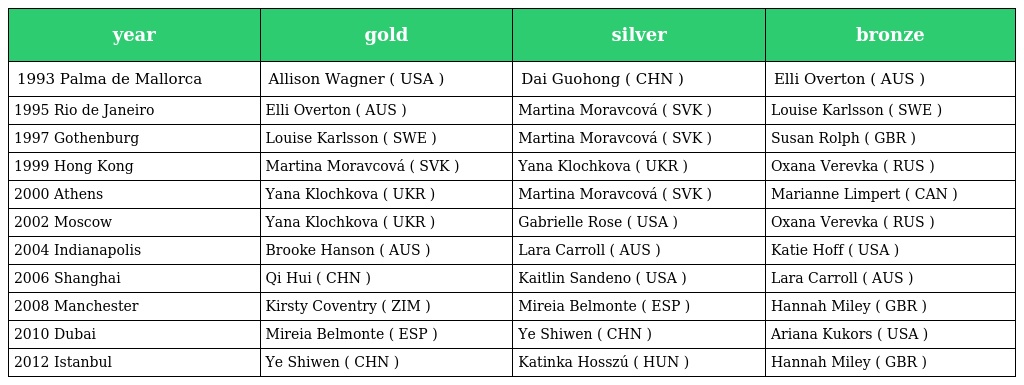
| year | gold | silver | bronze |
 | --- | --- | --- | --- |
 | 1993 Palma de Mallorca | Allison Wagner ( USA ) | Dai Guohong ( CHN ) | Elli Overton ( AUS ) |
 | 1995 Rio de Janeiro | Elli Overton ( AUS ) | Martina Moravcová ( SVK ) | Louise Karlsson ( SWE ) |
 | 1997 Gothenburg | Louise Karlsson ( SWE ) | Martina Moravcová ( SVK ) | Susan Rolph ( GBR ) |
 | 1999 Hong Kong | Martina Moravcová ( SVK ) | Yana Klochkova ( UKR ) | Oxana Verevka ( RUS ) |
 | 2000 Athens | Yana Klochkova ( UKR ) | Martina Moravcová ( SVK ) | Marianne Limpert ( CAN ) |
 | 2002 Moscow | Yana Klochkova ( UKR ) | Gabrielle Rose ( USA ) | Oxana Verevka ( RUS ) |
 | 2004 Indianapolis | Brooke Hanson ( AUS ) | Lara Carroll ( AUS ) | Katie Hoff ( USA ) |
 | 2006 Shanghai | Qi Hui ( CHN ) | Kaitlin Sandeno ( USA ) | Lara Carroll ( AUS ) |
 | 2008 Manchester | Kirsty Coventry ( ZIM ) | Mireia Belmonte ( ESP ) | Hannah Miley ( GBR ) |
 | 2010 Dubai | Mireia Belmonte ( ESP ) | Ye Shiwen ( CHN ) | Ariana Kukors ( USA ) |
 | 2012 Istanbul | Ye Shiwen ( CHN ) | Katinka Hosszú ( HUN ) | Hannah Miley ( GBR ) |